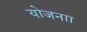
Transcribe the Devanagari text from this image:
योजनाा